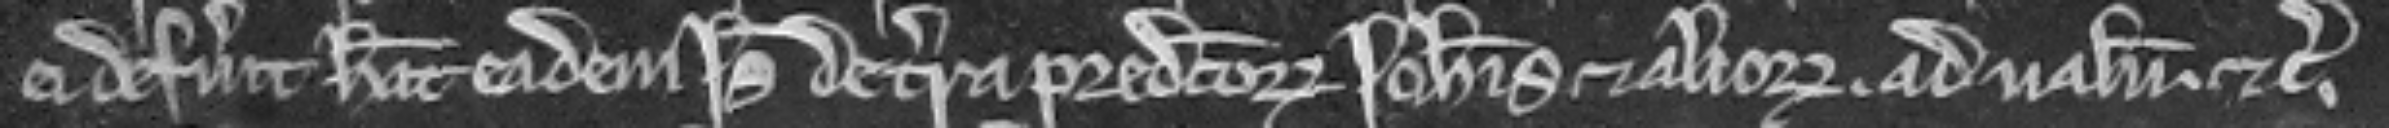
ei defuerit habeat eadem Isabella de terra predictorum Johannis et aliorum. ad valenciam etc.